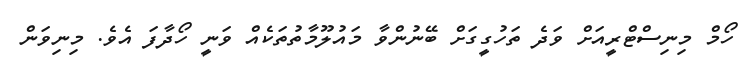
ހޯމް މިނިސްޓްރީއަށް ވަދެ ތަހުގީގަށް ބޭނުންވާ މައުލޫމާތުތަކެއް ވަނީ ހޯދާފަ އެވެ. މިނިވަން